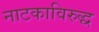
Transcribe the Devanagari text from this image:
नाटकाविरुद्ध